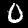
Digit: 0